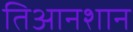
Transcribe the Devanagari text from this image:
तिआनशान